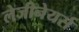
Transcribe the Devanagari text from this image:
लेजीनेयर्स